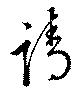
請